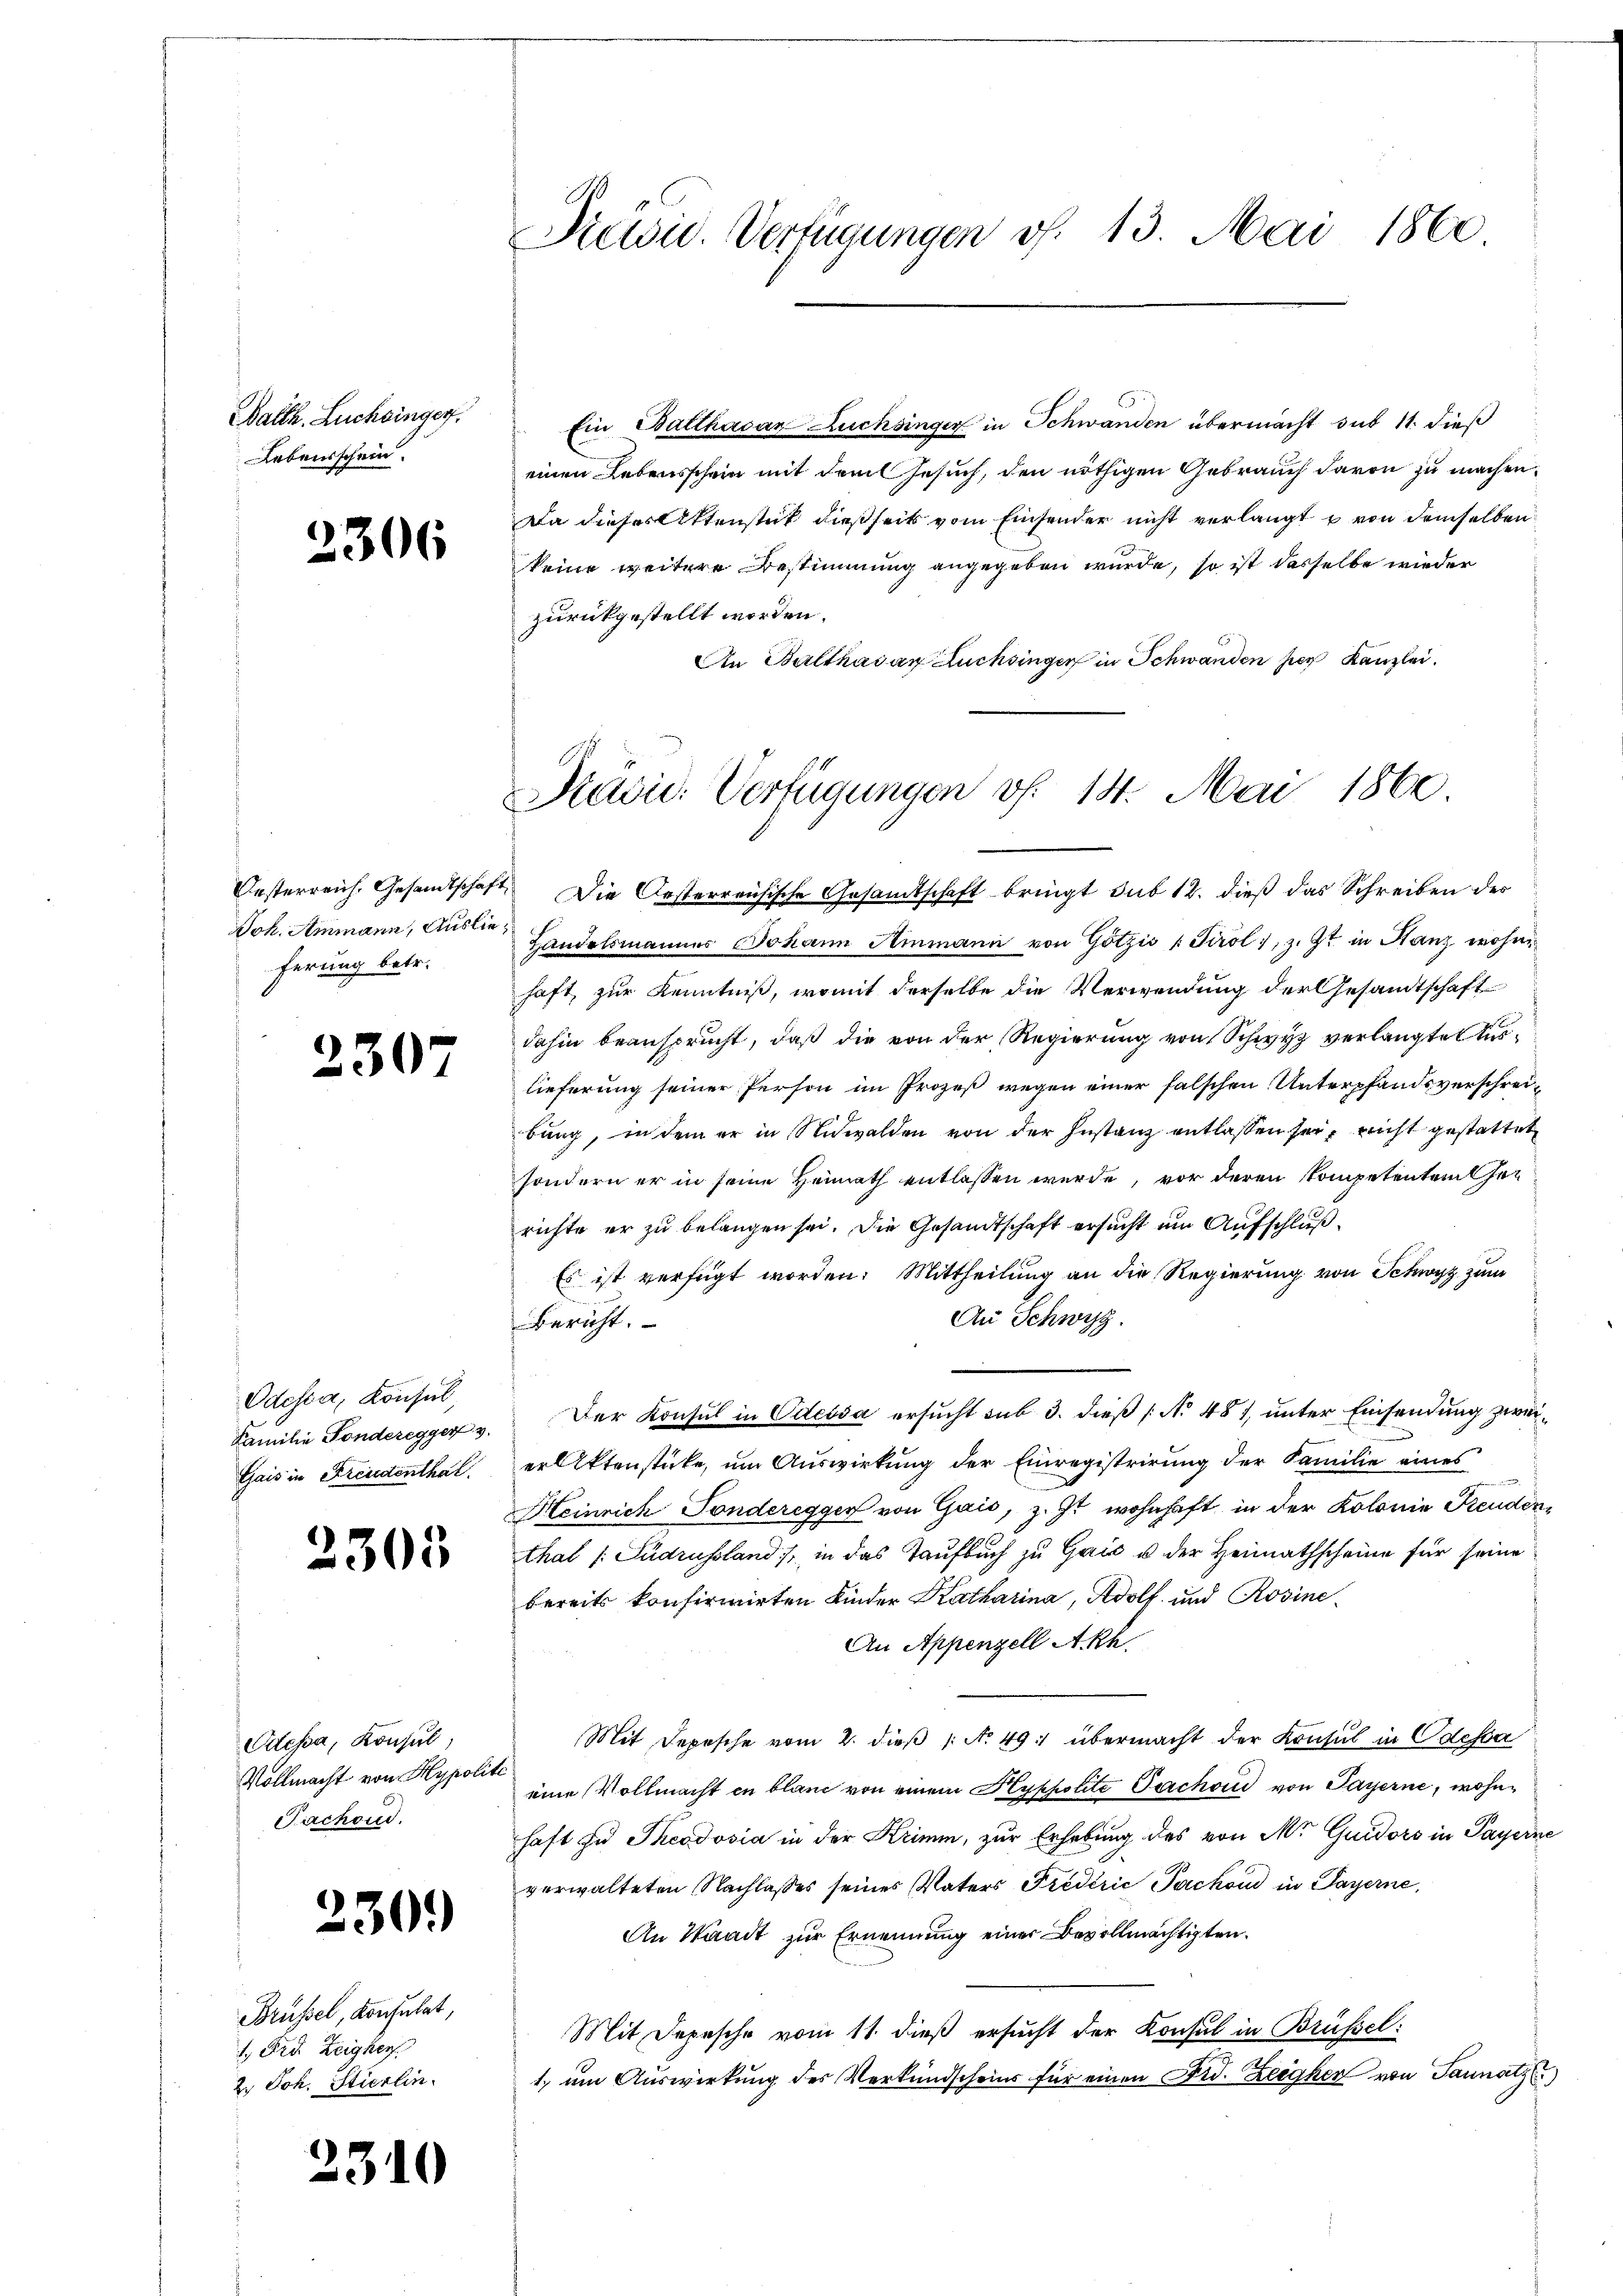
Walth. Luchsinger.
Lebensschein.

d

306

ferung betr.

2307

Odessa, Konsul,
Gais in Freudenthal

2305

Odessa, Konsul,
Vollmacht von Hypoli
Fachend.

230.

Brüssel, Konsulat,
1. Frd. Zeigher
2. Joh. Stierlin.

2310

Preisid. Verfügungen f. 13. Mai 1860.

Ein Balthasar Buchsinger in Schwanden übermacht sub 11. dieß
einen Lebensschein mit dem Gesuch, den nöthigen Gebrauch davon zu machen.
Da dieses Rittenstück dießseits vom Einsender nicht verlangt u von demselben
keine weitere Bestimmung angegeben wurde, so ist dasselbe wieder
zurückgestellt worden.
An Balthasar Fuchsinger in Schwanden hier Kanzlei.

Pävid. Verfügungen v. 14. Mai 1860.

Oesterreich, Gesandtschaft. Die Oesterreichische Gesandtschaft bringt sub 12. dieß das Schreiben des
Joh. Ammann, Anste Landelsmannes Johann Ammann von Götzis 1 Tirol, z. Zt. in Hanz wohne
haft, zur Kenntniß, womit derselbe die Verwendung der Gesandtschaft
dahin beansprucht, daß die von der Regierung von Schwyz verlangte Auslieferung seiner Person im Prozeß wegen einer falschen Unterpfandsverschreibung, in dem er in Nidwalden von der Instanz entlassen sei, nicht gestattet
sondern er in seine Heimath entlassen wurde, vor deren Kompetenten her
richte er zu belangen sei. Die Gesandtschaft ersucht um Aufschluß¬
Es ist verfügt worden: Mittheilung an die Regierung von Schwyz zum
Au Schwyz.
Bericht.
Familie Sonderegger 3. Der Konsul in Odessa ersucht sub 3. dieß (No 481, unter Einsendung zweier Aktenstücke, um Auswirkung der Einregistrirung der Familie eines
.
Heinrich Sonderegger von Gais, z. Zt. wohnhaft in der Kolonie Freudenthal (Sudrussland), in das Taufbuch zu Gais u der Heimathscheine für seine
bereits konfirmirten Kinder Katharina, Adolf und Rosine¬
An Appenzell Akh.
Mit Depesche vom 2. dieβ : No 49. übermacht der Konsul in Odessa
t
eine Vollmacht in bland von einem Hyppolite Fachau von Payerne, wohnhaft zu Theodosia in der Krimm, zur Erhebung des von Mr. Guidors in Payerne
verwalteten Nachlasses seines Vaters Fredérić Packond in Payerne,
An Waadt zur Ernennung einer Bevollmächtigten.
Mit Depesche vom 11. dieß ersucht der Konsul in Brüssel:
1. um Auswirkung des Verkundscheins für einen Frd. Zeegken von Tannatz